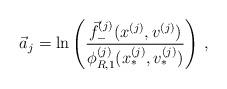
LaTeX: \begin{align*}\vec{a}_j = \ln \left( \frac{\vec{f}^{(j)}_-(x^{(j)}, v^{(j)})}{\phi^{(j)}_{R,1}(x_*^{(j)}, v^{(j)}_*)} \right) \,,\end{align*}